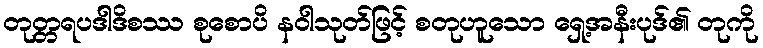
တုတ္တရပဒါဒိစဿ စုစောပိ နဝါသုတ်ဖြင့် စတုဟူသော ရှေ့အနီးပုဒ်၏ တုကို